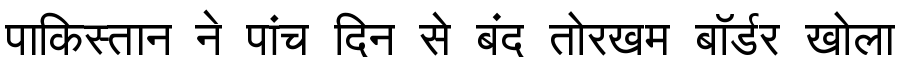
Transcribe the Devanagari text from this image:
पाकिस्तान ने पांच दिन से बंद तोरखम बॉर्डर खोला